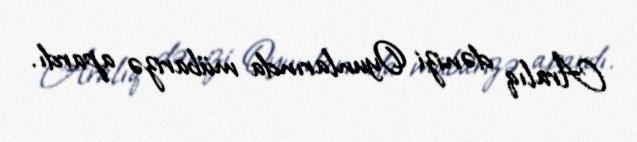
Aralıq dənizi Oyunlarında mübarizə apardı.